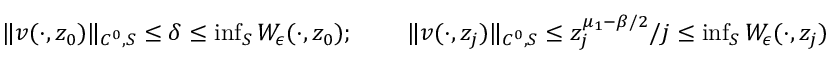
\begin{array} { r l r } { \| v ( \cdot , z _ { 0 } ) \| _ { C ^ { 0 } , S } \leq \delta \leq \operatorname* { i n f } _ { S } W _ { \epsilon } ( \cdot , z _ { 0 } ) ; } & { \ } & { \| v ( \cdot , z _ { j } ) \| _ { C ^ { 0 } , S } \leq z _ { j } ^ { \mu _ { 1 } - \beta / 2 } / j \leq \operatorname* { i n f } _ { S } W _ { \epsilon } ( \cdot , z _ { j } ) } \end{array}